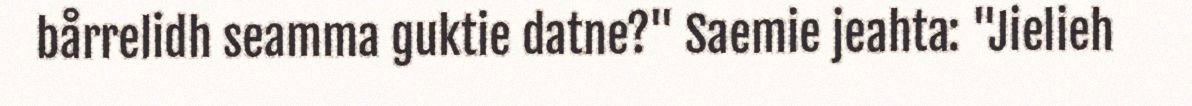
bårrelidh seamma guktie datne?" Saemie jeahta: "Jielieh